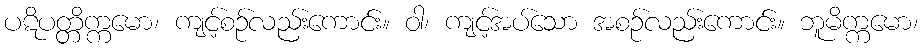
ပဋိပတ္တိက္ကမော၊ ကျင့်စဉ်လည်းကောင်း။ ဝါ၊ ကျင့်အပ်သော အစဉ်လည်းကောင်း။ ဘူမိက္ကမော၊